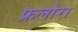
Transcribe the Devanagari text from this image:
फ्रलोरा